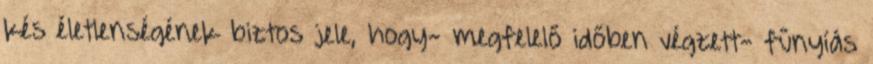
kés életlenségének biztos jele, hogy- megfelelő időben végzett- fűnyíás